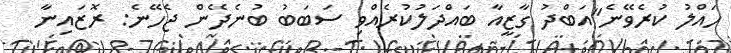
ހައްލު ކުރެވޭނެ"އަބްދު ގާޒީއާ ބައްދަލުކުރެއްވި ސަބަބު ބުނެދޭން ޖެހޭނެ: ރޮޒައިނާ